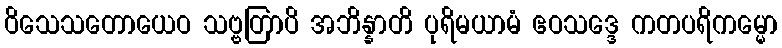
ဝိသေသတောယေဝ သဗ္ဗတြာပိ အဘိန္နာတိ ပုရိမယာမံ ဧဝသဒ္ဒေ ကတပရိကမ္မော